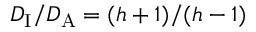
D _ { \mathrm { I } } / D _ { \mathrm { A } } = ( h + 1 ) / ( h - 1 )